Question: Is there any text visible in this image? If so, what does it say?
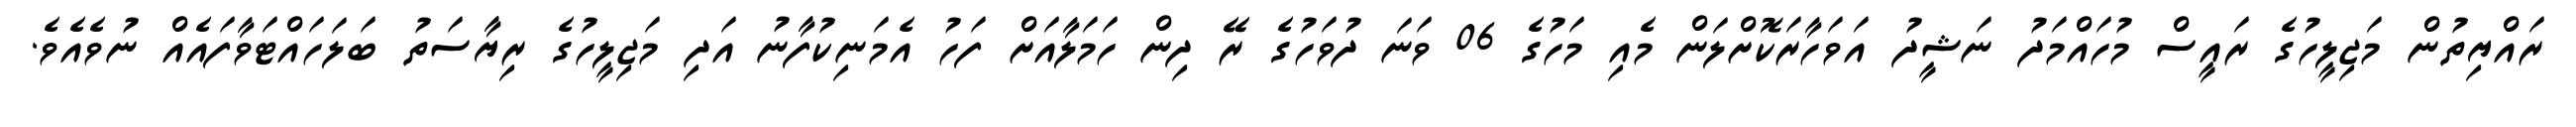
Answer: ރައްޔިތުން މަޖިލީހުގެ ރައީސް މުހައްމަދު ނަޝީދު އަވަހާރަކޮށްލަން މެއި މަހުގެ 06 ވަނަ ދުވަހުގެ ރޭ ދިން ހަމަލާއަށް ފަހު އެމަނިކުފާނު އަދި މަޖިލީހުގެ ރިޔާސަތު ބަލަހައްޓަވާފައެއް ނުވެއެވެ.